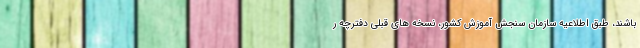
باشند، طبق اطلاعیه سازمان سنجش آموزش کشور، نسخه های قبلی دفترچه ر